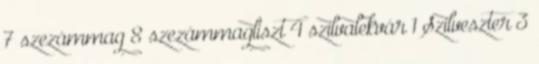
7 szezámmag 8 szezámmagliszt 4 szilvalekvár 1 Szilveszter 3